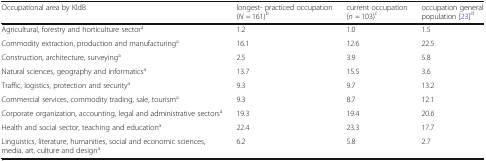
| Occupational area by KldB | longest- practiced occupation(N = 161)b | current occupation(n = 103)c | occupation general population [23]d |
 | --- | --- | --- | --- |
 | Agricultural, forestry and horticulture sectora | 1.2 | 1.0 | 1.5 |
 | Commodity extraction, production and manufacturinga | 16.1 | 12.6 | 22.5 |
 | Construction, architecture, surveyinga | 2.5 | 3.9 | 5.8 |
 | Natural sciences, geography and informaticsa | 13.7 | 15.5 | 3.6 |
 | Traffic, logistics, protection and securitya | 9.3 | 9.7 | 13.2 |
 | Commercial services, commodity trading, sale, tourisma | 9.3 | 8.7 | 12.1 |
 | Corporate organization, accounting, legal and administrative sectorsa | 19.3 | 19.4 | 20.6 |
 | Health and social sector, teaching and educationa | 22.4 | 23.3 | 17.7 |
 | Linguistics, literature, humanities, social and economic sciences, media, art, culture and designa | 6.2 | 5.8 | 2.7 |